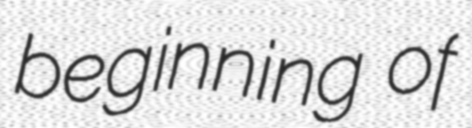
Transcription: beginning of